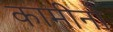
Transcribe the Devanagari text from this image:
कामीनो